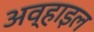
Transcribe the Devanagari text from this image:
अव्हाइल